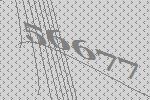
56677